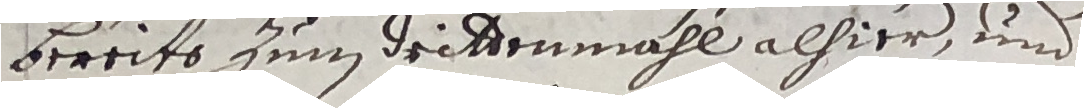
bereits zum drittenmahl alhier, und